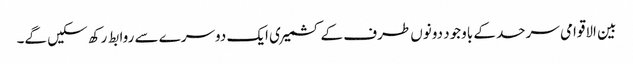
بین الاقوامی سرحد کے باوجود دونوں طرف کے کشمیری ایک دوسرے سے روابط رکھ سکیں گے۔